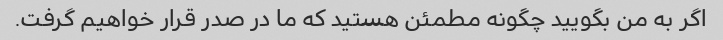
اگر به من بگویید چگونه مطمئن هستید که ما در صدر قرار خواهیم گرفت.